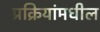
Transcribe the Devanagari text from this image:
प्रक्रियांमधील